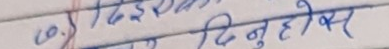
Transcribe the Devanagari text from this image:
छ दिने हुोरेकर